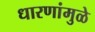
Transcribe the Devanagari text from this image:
धारणांमुळे